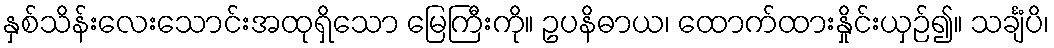
နှစ်သိန်းလေးသောင်းအထုရှိသော မြေကြီးကို။ ဥပနိဓာယ၊ ထောက်ထားနှိုင်းယှဉ်၍။ သင်္ချံပိ၊